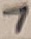
Text: 7